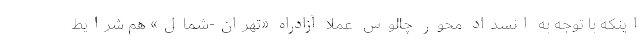
اینکه با توجه به انسداد محور چالوس عملا آزادراه «تهران-شمال» هم شرایط